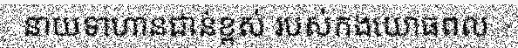
នាយទាហានជាន់ខ្ពស់ របស់កងយោធពល